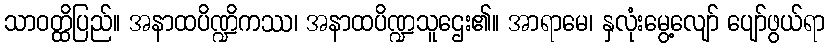
သာဝတ္ထိပြည်။ အနာထပိဏ္ဍိကဿ၊ အနာထပိဏ္ဍသူဌေး၏။ အာရာမေ၊ နှလုံးမွေ့လျော် ပျော်ဖွယ်ရာ